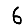
Digit: 6